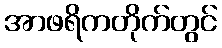
အာဖရိကတိုက်တွင်